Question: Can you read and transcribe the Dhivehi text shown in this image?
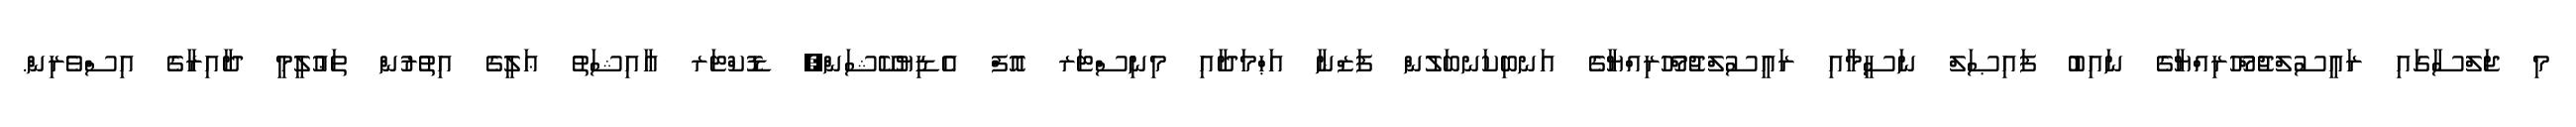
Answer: މި ޖަލްސާގައި ރައީސުލްޖުމްހޫރިއްޔާގެ ނައިބު ފައިޞަލް ނަސީމާއި ރައީސުލްޖުމްހޫރިއްޔާގެ އަނބިކަނބަލުން ފަޒްނާ އަޙްމަދާއި މިނިސްޓަރ އޮފް އެޑިޔުކޭޝަން, ޑޮކްޓަރ ޢާއިޝަތު ޢަލީގެ އިތުރުން ތަޢުލީމީ ދާއިރާގެ އިސްވެރިން.